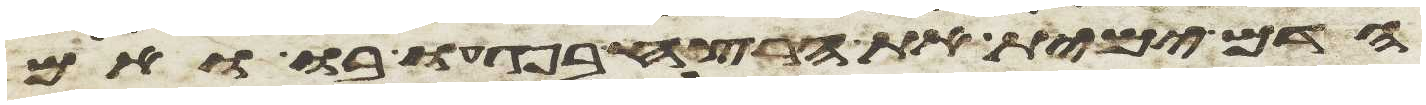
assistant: הדם ימית את הרצח בפגעו בו ואם